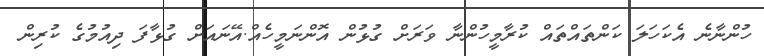
ހުންނާނެ އެކަހަލަ ކަންތައްތައް ކުރާމީހުންނާ ވަރަށް ގުޅުން އޮންނަމީހެއް.އޭނައަށް ގުޅާފަ ދިއުމުގެ ކުރިން